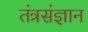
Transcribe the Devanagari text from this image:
तंत्रसंज्ञान